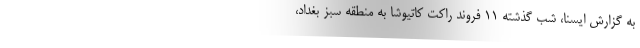
به گزارش ایسنا، شب گذشته ۱۱ فروند راکت کاتیوشا به منطقه سبز بغداد،